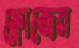
ফ্রোজেন